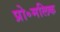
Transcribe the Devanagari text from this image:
प्रो॰मलिक